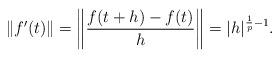
LaTeX: \begin{align*}\left\|f^{\prime}(t)\right\|=\left\|\frac{f(t+h)-f(t)}{h} \right\|=|h|^{\frac{1}{p}-1}.\end{align*}